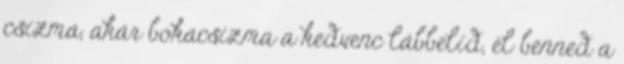
csizma, akár bokacsizma a kedvenc lábbelid, él benned a